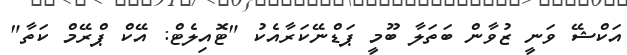
އަކްޝޭ ވަނީ ޒުވާން ބަތަލާ ބޫމީ ޕަޑްނޭކަރާއެކު "ޓޮއިލެޓް: އޭކް ޕްރޭމް ކަތާ"